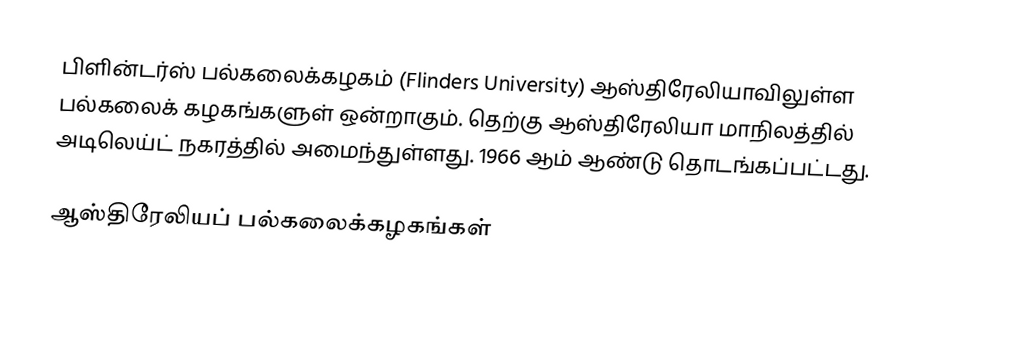
பிளின்டர்ஸ் பல்கலைக்கழகம் (Flinders University) ஆஸ்திரேலியாவிலுள்ள பல்கலைக் கழகங்களுள் ஒன்றாகும். தெற்கு ஆஸ்திரேலியா மாநிலத்தில் அடிலெய்ட் நகரத்தில் அமைந்துள்ளது. 1966 ஆம் ஆண்டு தொடங்கப்பட்டது.

ஆஸ்திரேலியப் பல்கலைக்கழகங்கள்